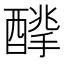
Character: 𨢙